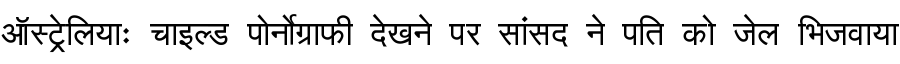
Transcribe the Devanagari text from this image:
ऑस्ट्रेलियाः चाइल्ड पोर्नोग्राफी देखने पर सांसद ने पति को जेल भिजवाया